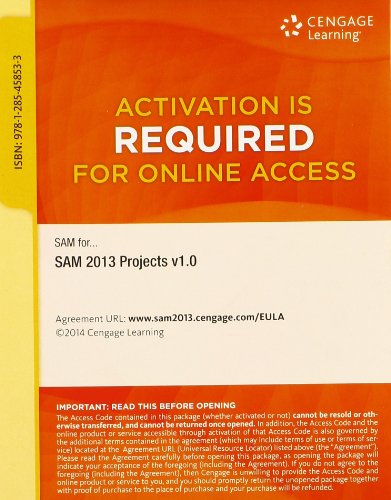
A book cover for SAM 2013 Projects v1.0 Multi-Term Printed Access Card; Course Technology; Business & Money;